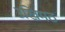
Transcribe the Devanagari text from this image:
उखिमठ